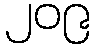
၂၀၉